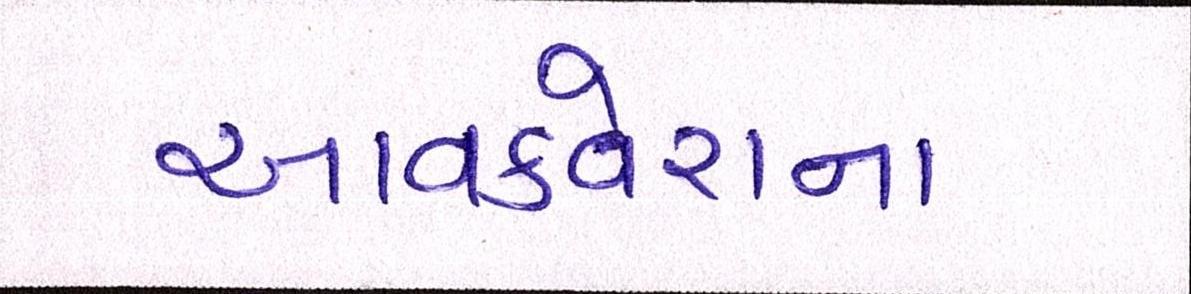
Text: આવકવેરાના